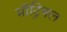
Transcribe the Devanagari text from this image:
मॉट्रियल